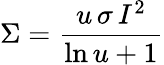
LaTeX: \Sigma=\frac{u\, \sigma\, I^{2}}{\ln u+1}